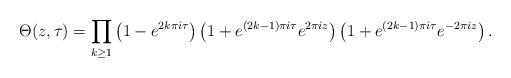
LaTeX: \begin{align*}\Theta(z,\tau) = \prod_{k \geq 1} \left(1 - e^{2 k \pi i \tau}\right) \left(1 + e^{(2k-1) \pi i \tau} e^{2\pi i z}\right) \left(1 + e^{(2k-1) \pi i \tau} e^{-2\pi i z}\right).\end{align*}